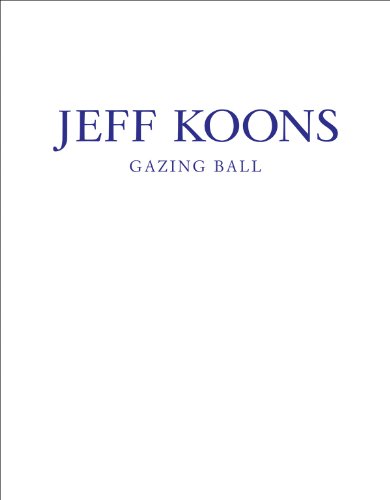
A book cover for Jeff Koons: Gazing Ball; Francesco Bonami; Arts & Photography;